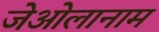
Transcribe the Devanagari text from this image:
जेओलानाम